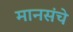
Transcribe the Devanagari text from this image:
मानसंचे